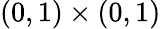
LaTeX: (0,1)\times(0,1)